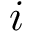
i